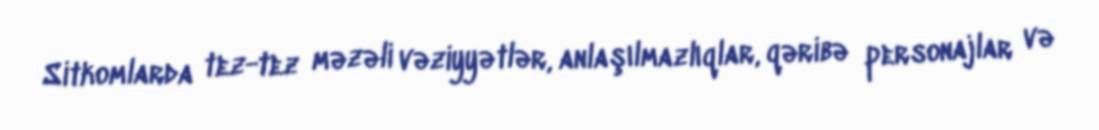
Sitkomlarda tez-tez məzəli vəziyyətlər, anlaşılmazlıqlar, qəribə personajlar və